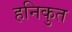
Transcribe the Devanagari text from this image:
हनिकुत